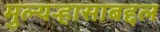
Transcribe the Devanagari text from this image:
मुल्यऱ्हासाबद्दल